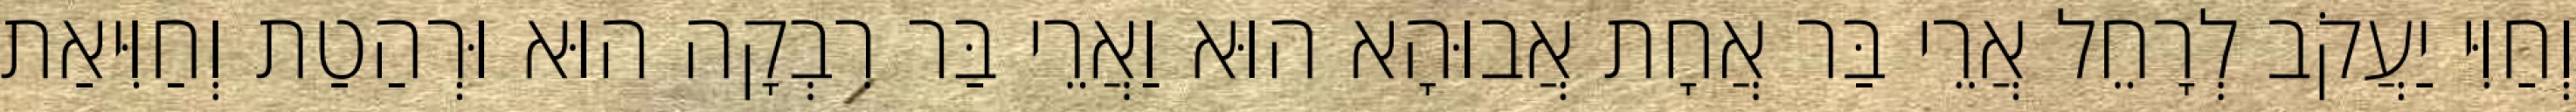
וְחַוִּי יַעֲקֹב לְרָחֵל אֲרֵי בַּר אֲחָת אֲבוּהָא הוּא וַאֲרֵי בַּר רִבְקָה הוּא וּרְהַטַת וְחַוִּיאַת